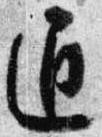
通